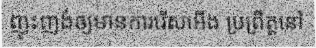
ញុះញង់ឲ្យមានការរើសអើង ប្រព្រឹត្តនៅ